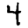
Digit: 4